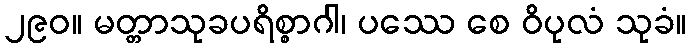
၂၉၀။ မတ္တာသုခပရိစ္စာဂါ၊ ပဿေ စေ ဝိပုလံ သုခံ။